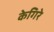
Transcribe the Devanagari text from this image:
केगिरे